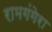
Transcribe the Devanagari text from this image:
रामगंगेरा